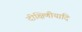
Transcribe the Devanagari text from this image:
दीक्षिणीयादि